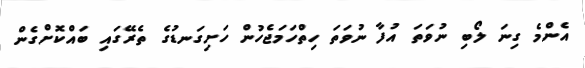
އެންމެ ގިނަ ލޯބި ނުވަތަ އުފާ ނުވަތަ ހިތްހަމަޖެހުން ހަށިގަނޑުގެ ތެރޭގައި ބައްކޮށްގެން